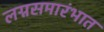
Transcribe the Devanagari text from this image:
लग्नसमारंभात